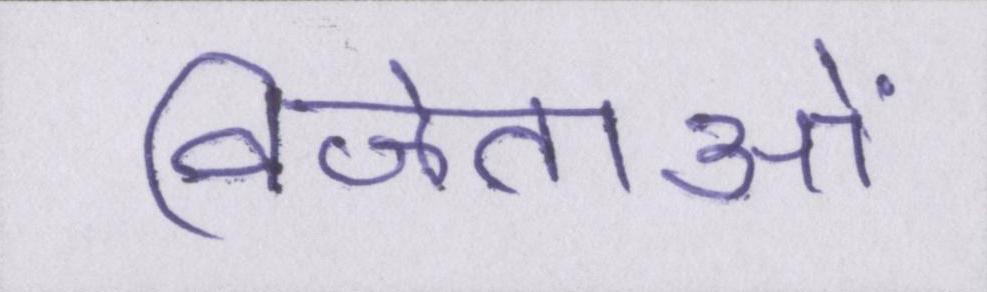
विजेताओं